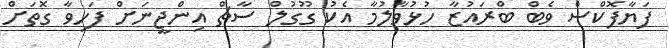
ފަޔާފޮކްސް ވެބް ބްރައުޒާ ހުޅުވާލުމާ އެކު ގޫގުލް ސާޗް އިންޖީނަށް ފަހިވާ ގޮތަށް